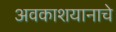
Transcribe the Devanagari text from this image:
अवकाशयानाचे